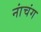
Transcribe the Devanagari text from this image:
नांचंग